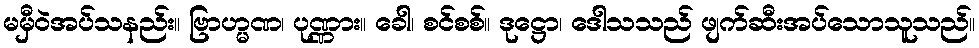
မမှီဝဲအပ်သနည်း။ ဗြာဟ္မဏ၊ ပုဏ္ဏား။ ခေါ၊ စင်စစ်။ ဒုဋ္ဌော၊ ဒေါသသည် ဖျက်ဆီးအပ်သောသူသည်။